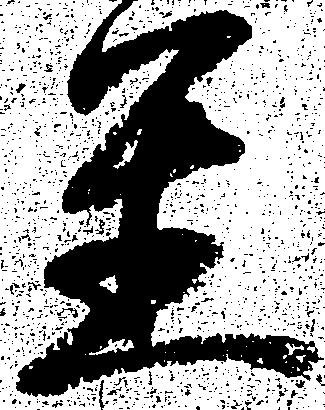
置